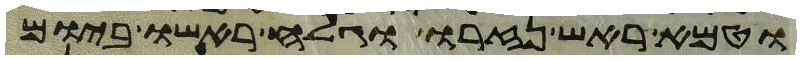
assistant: וטמא ראש נזרו וגלח ראשו ביום